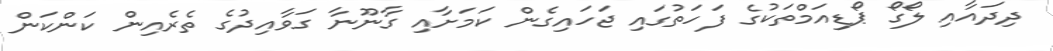
ދިދައާއި ލޯގޯ ޕޯޑިއަމްތަކުގެ ފަހަތުގައި ޖަހައިގެން ކަމަށާއި ގާނޫނާ ގަވާއިދުގެ ތެރެއިން ކަންކަން